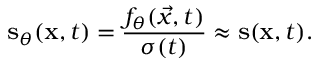
\mathbf { \boldsymbol { s } } _ { \theta } ( \mathbf { \boldsymbol { x } } , t ) = \frac { f _ { \theta } ( \vec { x } , t ) } { \sigma ( t ) } \approx \mathbf { \boldsymbol { s } } ( \mathbf { \boldsymbol { x } } , t ) .